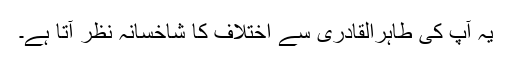
یہ آپ کی طاہرالقادری سے اختلاف کا شاخسانہ نظر آتا ہے۔